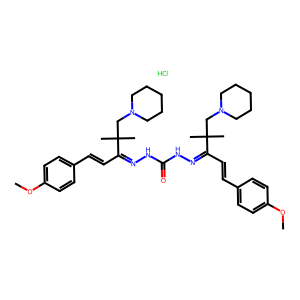
SMILES: COc1ccc(C=CC(=NNC(=O)NN=C(C=Cc2ccc(OC)cc2)C(C)(C)CN2CCCCC2)C(C)(C)CN2CCCCC2)cc1.Cl
Inhibits HIV replication: No